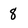
Character: 8